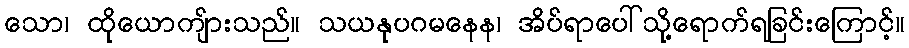
သော၊ ထိုယောကျ်ားသည်။ သယနုပဂမနေန၊ အိပ်ရာပေါ်သို့ရောက်ရခြင်းကြောင့်။